Medical and sanitary report on the native army of Bombay for the year
Year: 1879
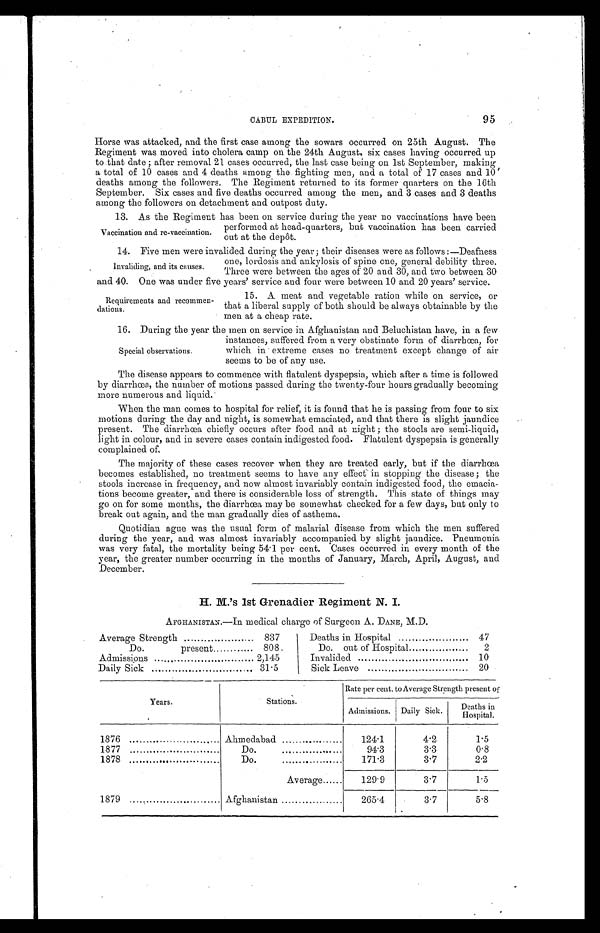
95
CABUL EXPEDITION.
Horse was attacked, and the first case among the sowars occurred on 25th August. The
Regiment was moved into cholera camp on the 24th August, six cases having occurred up
to that date; after removal 21 cases occurred, the last case being on 1st September, making
a total of 10 cases and 4 deaths among the fighting men, and a total of 17 cases and 10'
deaths among the followers. The Regiment returned to its former quarters on the 16th
September. Six cases and five deaths occurred among the men, and 3 cases and 3 deaths
among the followers on detachment and outpost duty.
13. As the Regiment has been on service during the year no vaccinations have been
performed at head-quarters, but vaccination has been carried
out at the depot.
14. Five men were invalided during the year; their diseases were as follows:—Deafness
one, lordosis and ankylosis of spine one, general debility three.
Three were between the ages of 20 and 30, and two between 30
and 40. One was under five years' service and four were between 10 and 20 years' service.
Vaccination and re-vaccination.
Invaliding, and its causes.
Requirements and recommen
-dations.
15. A meat and vegetable ration while on service, or
that a liberal supply of both should be always obtainable by the
men at a cheap rate.
16. During the year the men on service in Afghanistan and Beluchistan have, in a few
instances, suffered from a very obstinate form of diarrhœa, for
which in extreme cases no treatment except change of air
seems to be of any use.
The disease appears to commence with flatulent dyspepsia, which after a time is followed
by diarrhœa, the number of motions passed during the twenty-four hours gradually becoming
more numerous and liquid.
When the man comes to hospital for relief, it is found that he is passing from four to six
motions during the day and night, is somewhat emaciated, and that there is slight jaundice
present. The diarrhœa chiefly occurs after food and at night; the stools are semi-liquid,
light in colour, and in severe cases contain indigested food. Flatulent dyspepsia is generally
complained o
f .
The majority of these cases recover when they are treated early, but if the diarrhœa
becomes established, no treatment seems to have any effect in stopping the disease; the
stools increase in frequency, and now almost invariably contain indigested food, the emacia
-
tions become greater, and there is considerable loss of strength. This state of things may
go on for some months, the diarrhœa may be somewhat checked for a few days, but only to
break out again, and the man gradually dies of asthema.
Quotidian ague was the usual form of malarial disease from which the men suffered
during the year, and was almost invariably accompanied by slight jaundice. Pneumonia
was very fatal, the mortality being 54.1 per cent. Cases occurred in every month of the
year, the greater number occurring in the months of January, March, April, August, and
December.
H. M.'s 1st Grenadier Regiment N. I.
AFGHANISTAN.—In medical charge of Surgeon A. DANE, M.D.
Average Strength . . . 837
Deaths in Hospital . . . 47
Do. present. . . 808
Do. out of Hospital . . . 2
Admissions . . . 2,145
Invalided . . . 10
Daily Sick . . . 31-5
Sick Leave . . . 20
Years.
Stations.
Rate per cent to Average Strength present of
Admissions. Daily Sick.
Deaths in
Hospital.
1876 . . .
Ahmedabad . . .
124.1
4.2
1.5
1877 . . .
D o . . . .
94.3
3.3
0.8
1878 . . .
D o . . . .
171.3
3.7
2.2
Average . . .
129.9
3.7
1.5
1879 . . .
Afghanistan . . .
265.4
3.7
5.8
Special observations.